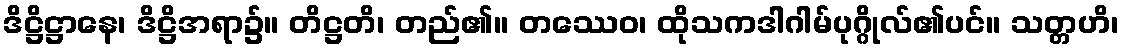
ဒိဋ္ဌိဋ္ဌာနေ၊ ဒိဋ္ဌိအရာ၌။ တိဋ္ဌတိ၊ တည်၏။ တဿေဝ၊ ထိုသကဒါဂါမ်ပုဂ္ဂိုလ်၏ပင်။ သတ္တဟိ၊